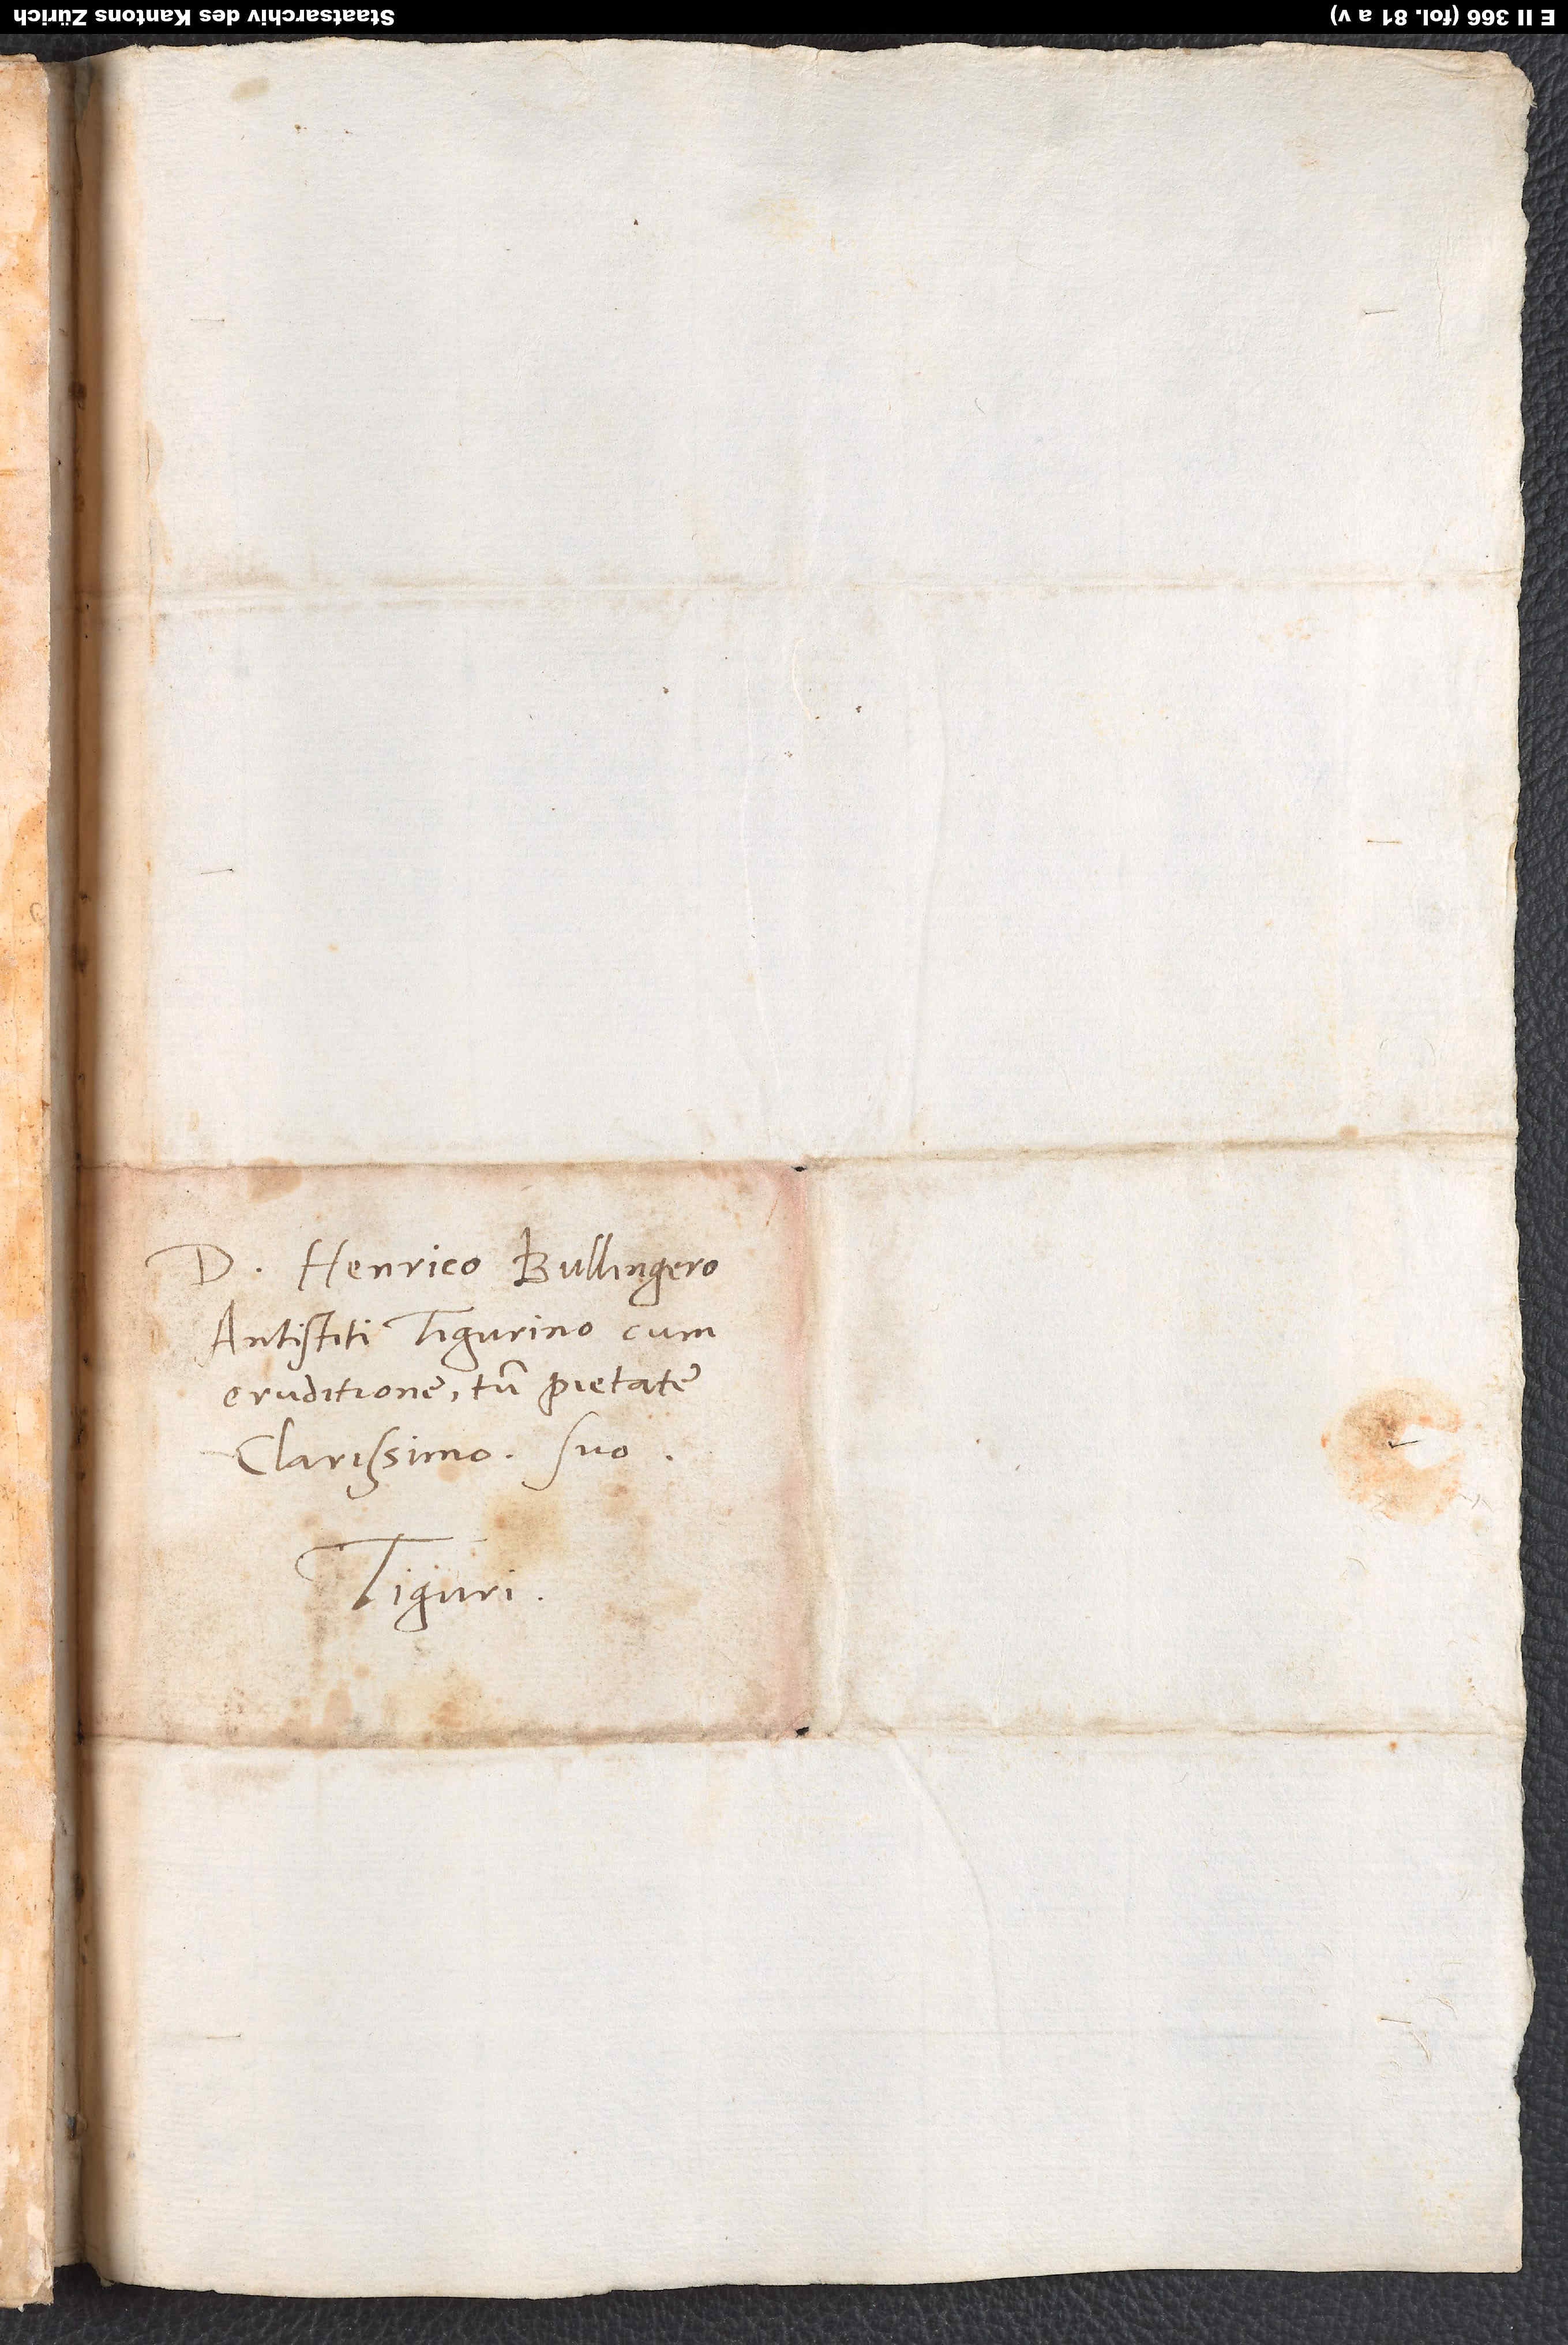
D. Henrico Bullingero,
antistiti Tigurino cum
eruditione tum pietate
clarissimo, suo.
Tiguri.

S.